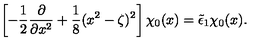
\left[ - \frac 1 2 \frac { \partial } { \partial x ^ { 2 } } + \frac 1 8 ( x ^ { 2 } - \zeta ) ^ { 2 } \right] \chi _ { 0 } ( x ) = \tilde { \epsilon } _ { 1 } \chi _ { 0 } ( x ) .